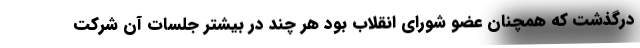
درگذشت که همچنان عضو شورای انقلاب بود هر چند در بیشتر جلسات آن شرکت